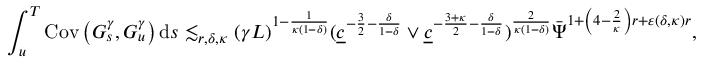
\int _ { u } ^ { T } \mathrm { C o v } \left( G _ { s } ^ { \gamma } , G _ { u } ^ { \gamma } \right) \mathrm { d } s \lesssim _ { r , \delta , \kappa } ( \gamma L ) ^ { 1 - \frac { 1 } { \kappa ( 1 - \delta ) } } ( \underline { { c } } ^ { - \frac { 3 } { 2 } - \frac { \delta } { 1 - \delta } } \vee \underline { { c } } ^ { - \frac { 3 + \kappa } { 2 } - \frac { \delta } { 1 - \delta } } ) ^ { \frac { 2 } { \kappa ( 1 - \delta ) } } \bar { \Psi } ^ { 1 + \left( 4 - \frac { 2 } { \kappa } \right) r + \varepsilon ( \delta , \kappa ) r } ,